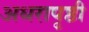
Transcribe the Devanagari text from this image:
अधरापृष्ठी